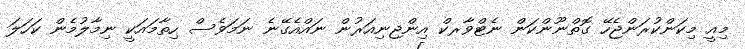
މިއީ މިކަންކުރަންޖެހޭ ގޮތްނޫންކަން ނެޓްވާރކް އިންޖިނިއަރުން ނައްއެގޭނެ ނަމަވެސް ހިތާމައަކީ ނިމާލުމެން ކަހަލަ